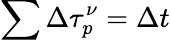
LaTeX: \sum\Delta\tau_{p}^{\nu}=\Delta t